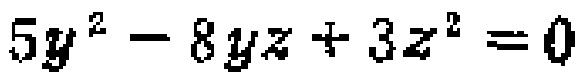
\(5y^{2}-8yz + 3z^{2}=0\)